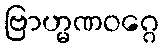
ဗြာဟ္မဏဝဂ္ဂေ